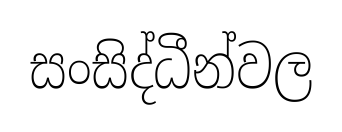
සංසිද්ධීන්වල